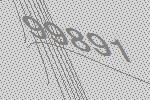
99891